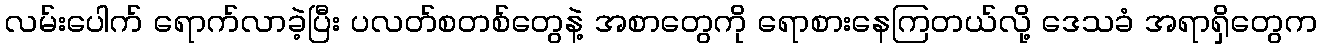
လမ်းပေါက် ရောက်လာခဲ့ပြီး ပလတ်စတစ်တွေနဲ့ အစာတွေကို ရောစားနေကြတယ်လို့ ဒေသခံ အရာရှိတွေက